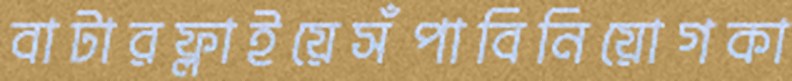
বাটারফ্লাইয়েসঁপাবিনিয়োগকা